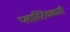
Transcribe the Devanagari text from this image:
प्लास्टिककारी